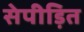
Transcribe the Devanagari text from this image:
सेपीड़ित